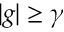
| g | \geq \gamma